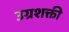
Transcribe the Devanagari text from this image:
उग्रशक्ती